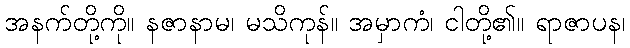
အနက်တို့ကို။ နဇာနာမ၊ မသိကုန်။ အမှာကံ၊ ငါတို့၏။ ရာဇာပန၊